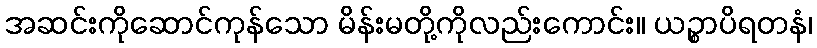
အဆင်းကိုဆောင်ကုန်သော မိန်းမတို့ကိုလည်းကောင်း။ ယဉ္စာပိရတနံ၊